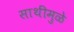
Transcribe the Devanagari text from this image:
साथींमुळे